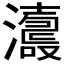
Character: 𤃕